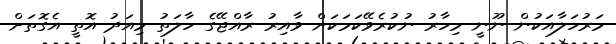
މަރުހަލާއަކުން ނޫނީ މިހާރު ނުކުރެވޭކަމަކަށް ވާއިރު ރާއްޖޭގެ ހާލަތު މިއަދު އޮތީ އެގޮތަށް